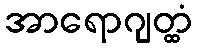
အာရောဂျတ္ထံ